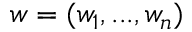
w = ( w _ { 1 } , . . . , w _ { n } )